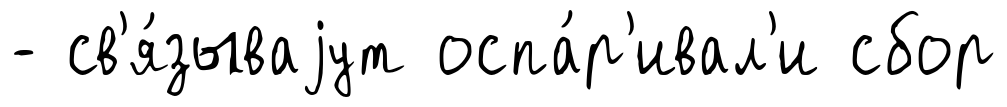
- св'я́зываjут оспа́р'ивал'и сбор